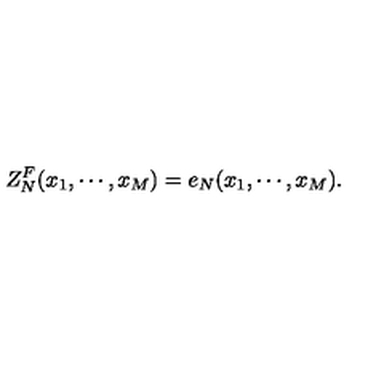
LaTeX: Z _ { N } ^ { F } ( x _ { 1 } , \cdots , x _ { M } ) = e _ { N } ( x _ { 1 } , \cdots , x _ { M } ) .